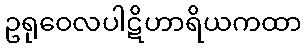
ဥရုဝေလပါဋိဟာရိယကထာ